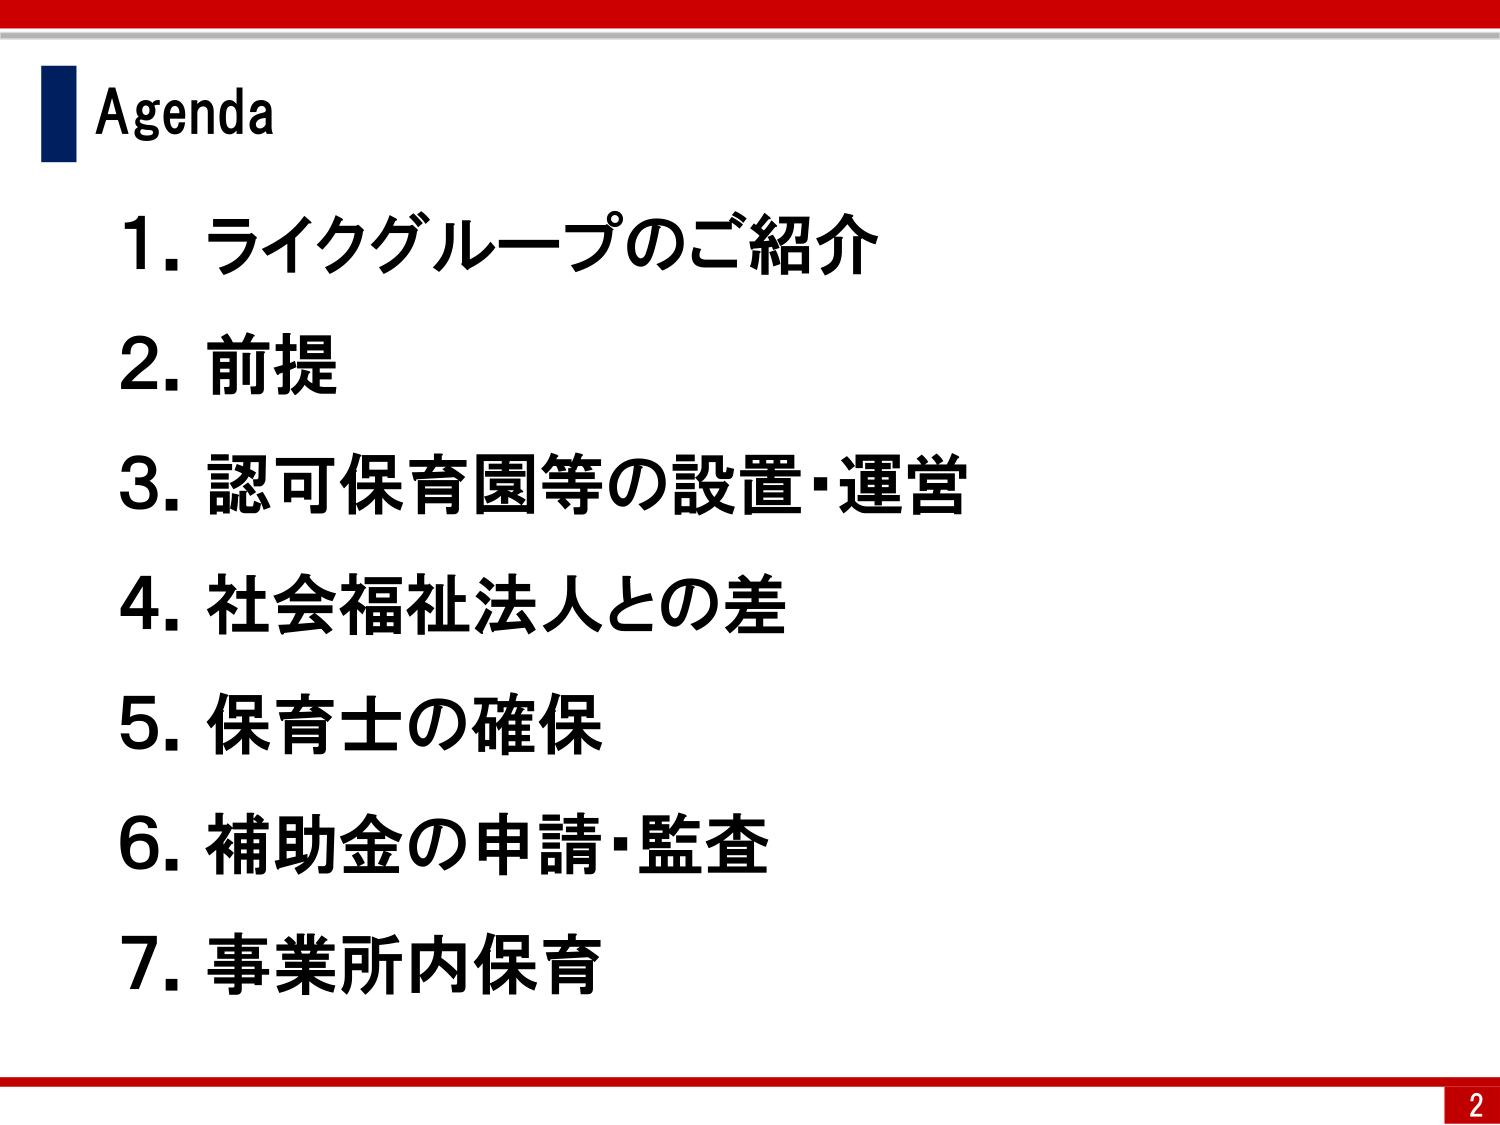
Agenda
1. ライクグループのご紹介
2. 前提
3. 認可保育園等の設置・運営
4. 社会福祉法人との差
5. 保育士の確保
6. 補助金の申請・監査
7. 事業所内保育
2